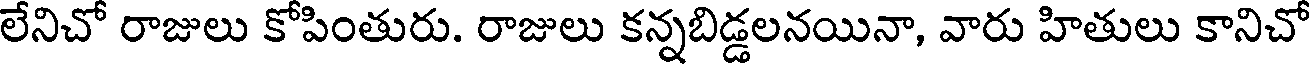
లేనిచో రాజులు కోపింతురు. రాజులు కన్నబిడ్డలనయినా, వారు హితులు కానిచో